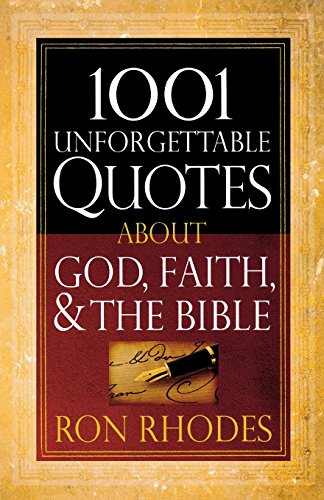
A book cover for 1001 Unforgettable Quotes About God, Faith, and the Bible; Ron Rhodes; Christian Books & Bibles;